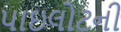
પાઇલોટની